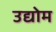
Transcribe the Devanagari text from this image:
उद्योम